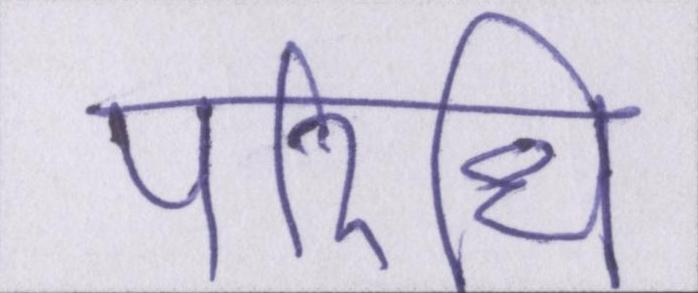
परिधि